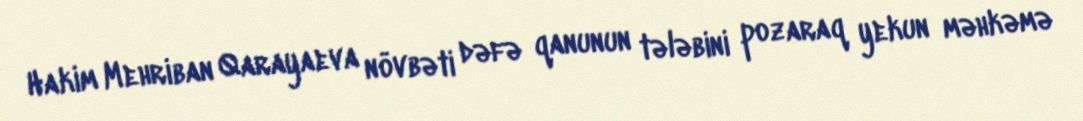
Hakim Mehriban Qarayaeva növbəti dəfə qanunun tələbini pozaraq yekun məhkəmə